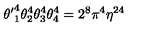
{ \theta ^ { \prime } } _ { 1 } ^ { 4 } \theta _ { 2 } ^ { 4 } \theta _ { 3 } ^ { 4 } \theta _ { 4 } ^ { 4 } = 2 ^ { 8 } \pi ^ { 4 } \eta ^ { 2 4 }